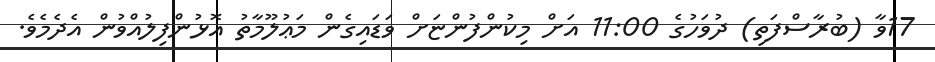
17ވާ (ބުރާސްފަތި) ދުވަހުގެ 11:00 އަށް މިކުންފުންޏަށް ވަޑައިގެން މަޢުލޫމާތު އޮޅުންފިލުއްވުން އެދެމެވެ.